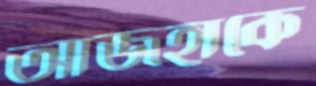
আজহাকে